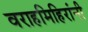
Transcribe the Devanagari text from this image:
वराहमिहिरांनी